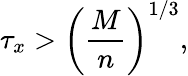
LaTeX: \tau_{x}>\left(\frac{M}{n}\right)^{1/3},